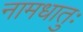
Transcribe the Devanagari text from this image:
नामधातुः